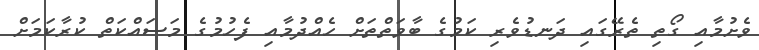
ވެށުމާއި ގޯތި ތެރޭގައި ދަނޑުވެރި ކަމުގެ ބާވަތްތަށް ހެއްދުމާއި ފެހުމުގެ މަސައްކަތް ކުރާކަމަށް